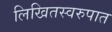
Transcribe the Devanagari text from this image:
लिखितस्वरुपात